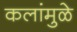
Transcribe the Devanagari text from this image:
कलांमुळे